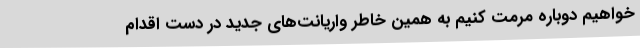
خواهیم دوباره مرمت کنیم به همین خاطر واریانت‌های جدید در دست اقدام